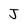
Character: J